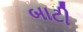
બાટી